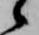
候